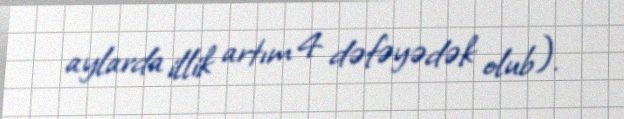
aylarda illik artım 4 dəfəyədək olub).